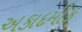
અકાદમીક